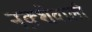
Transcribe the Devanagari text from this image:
नक़्शेवाली